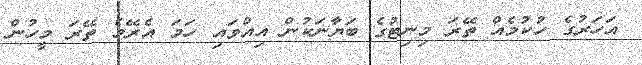
އަހަރުގެ ހުކުމެއް ތޭރަ މިނިޓުގެ ބަޔާނަކުން އިއްވައި ހަމަ އެރޭމެ ތޭރަ މީހުން